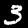
Label: 3